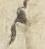
候